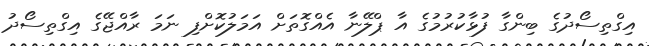
އިގްތިސޯދުގެ ބިންގާ ފުޅާކުރުމުގެ އާ ޕްލޭނާ އެއްގޮތަށް އަމަލުކޮށްފި ނަމަ ރާއްޖޭގެ އިގްތިސޯދު